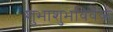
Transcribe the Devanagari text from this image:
शुभाशुभविवेक